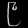
Digit: ၉